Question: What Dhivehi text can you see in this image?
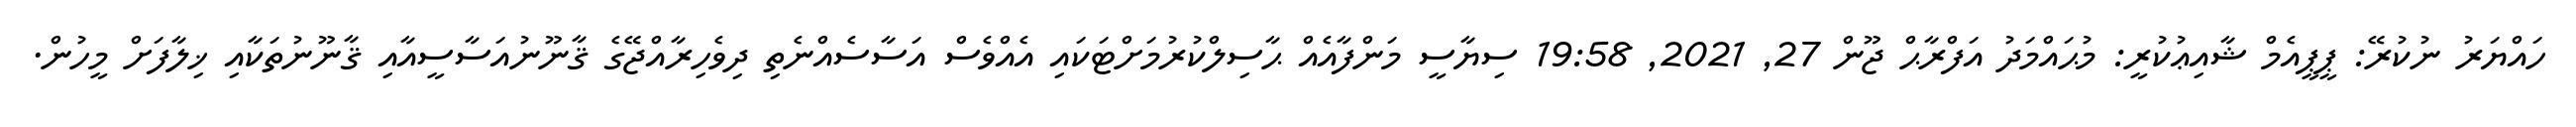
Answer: ހައްޔަރު ނުކުރޭ: ޕީޕީއެމް ޝާއިޢުކުރީ: މުޙައްމަދު އަފްރާޙް ޖޫން 27, 2021, 19:58 ސިޔާސީ މަންފާއެއް ޙާސިލްކުރުމަށްޓަކައި އެއްވެސް އަސާސެއްނެތި ދިވެހިރާއްޖޭގެ ޤާނޫނުއަސާސީއާއި ޤާނޫނުތަކާއި ޚިލާފަށް މީހުން.